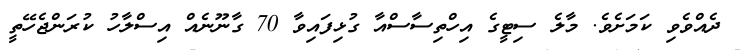
ދެއްވެވި ކަމަށެވެ. މާލެ ސިޓީގެ އިހްތިސާސްއާ ގުޅިފައިވާ 70 ގާނޫނެއް އިސްލާހު ކުރަންޖެހޭތީ